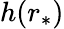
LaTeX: h(r_{*})